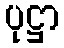
ပုဋ္ဌာ